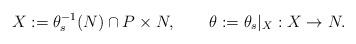
LaTeX: \begin{align*}X:=\theta_s^{-1}(N)\cap P\times N,\ \ \ \ \ \ \theta:=\theta_s|_X: X\to N.\end{align*}